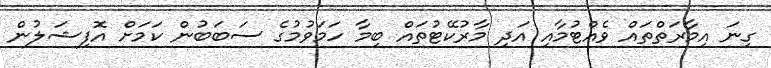
ގިނަ އިމާރަތްތައް ވެއްޓުމާއި އަދި މާރުކޭޓުތައް ބިމާ ހަމަވުމުގެ ސަބަބުން ކަމަށް އޮފިޝަލުން